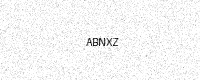
Text: ABNXZ